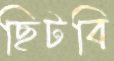
ছিটবি